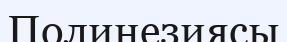
Полинезиясы